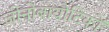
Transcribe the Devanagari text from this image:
जीनोबायोटिकों